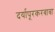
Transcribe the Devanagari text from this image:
दर्यापूरकरबाबा